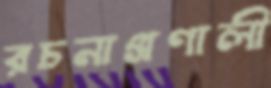
রচনাপ্রণালী